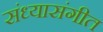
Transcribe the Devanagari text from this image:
संध्यासंगीत